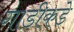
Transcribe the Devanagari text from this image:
गाडीकडे